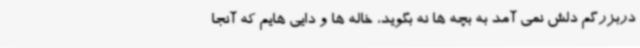
دربزرگم دلش نمی آمد به بچه ها نه بگوید، خاله ها و دایی هایم که آنجا